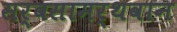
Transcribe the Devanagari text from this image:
सर्वसामर्थवान